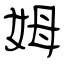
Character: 姆